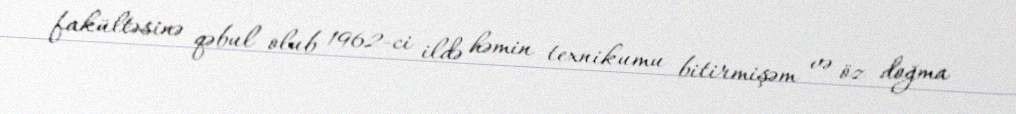
fakültəsinə qəbul olub 1962-ci ildə həmin texnikumu bitirmişəm və öz doğma